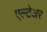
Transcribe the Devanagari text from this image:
एल्टेअर